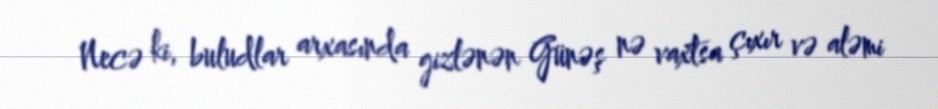
Necə ki, buludlar arxasında gizlənən Günəş nə vaxtsa çıxır və aləmi